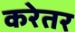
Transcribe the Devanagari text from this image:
करेतर